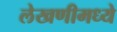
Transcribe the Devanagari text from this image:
लेखणीमध्ये